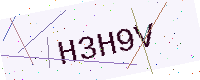
Text: H3H9V